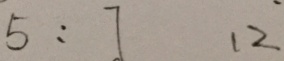
5 : 7 1 2